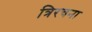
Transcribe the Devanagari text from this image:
त्रिरचना